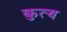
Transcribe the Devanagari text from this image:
कुत्य